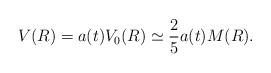
\begin{align*}V(R) = a(t)V_0(R) \simeq \frac{2}{5}a(t)M(R).\end{align*}